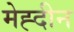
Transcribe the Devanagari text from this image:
मेह्दीन